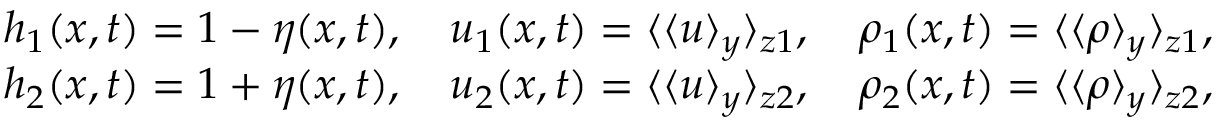
\begin{array} { r } { h _ { 1 } ( x , t ) = 1 - \eta ( x , t ) , \quad u _ { 1 } ( x , t ) = \langle \langle u \rangle _ { y } \rangle _ { z 1 } , \quad \rho _ { 1 } ( x , t ) = \langle \langle \rho \rangle _ { y } \rangle _ { z 1 } , \ } \\ { h _ { 2 } ( x , t ) = 1 + \eta ( x , t ) , \quad u _ { 2 } ( x , t ) = \langle \langle u \rangle _ { y } \rangle _ { z 2 } , \quad \rho _ { 2 } ( x , t ) = \langle \langle \rho \rangle _ { y } \rangle _ { z 2 } , \ } \end{array}